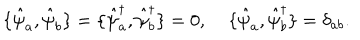
\{ \hat { \psi } _ { a } , \hat { \psi } _ { b } \} = \{ \hat { \psi } _ { a } ^ { \dagger } , \hat { \psi } _ { b } ^ { \dagger } \} = 0 , \; \{ \hat { \psi } _ { a } , \hat { \psi } _ { b } ^ { \dagger } \} = \delta _ { a b } .